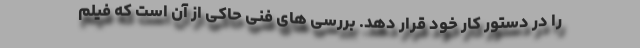
را در دستور کار خود قرار دهد. بررسی های فنی حاکی از آن است که فیلم